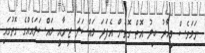
ނަމަވެސް މިހާރު ބިލު އޮތް ގޮތުން އެފަދަ މައްސަލަ ޖީނާއީ މައްސަލައެއްގެ ގޮތުގައި